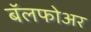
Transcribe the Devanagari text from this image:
बॅलफोअर